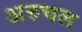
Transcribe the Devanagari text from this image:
अरुचल